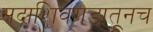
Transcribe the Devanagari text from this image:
सदाशिवगडातूनच